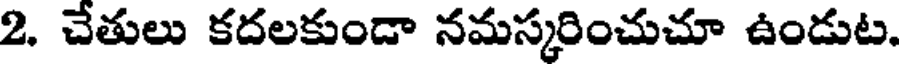
2. చేతులు కదలకుండా నమస్కరించుచూ ఉండుట.